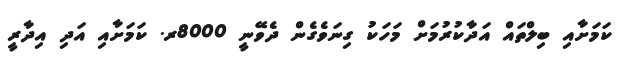
ކަމަށާއި ބިލްތައް އަދާކުރުމަށް މަހަކު ގިނަވެގެން ދެވޭނީ 8000ރ. ކަމަށާއި އަދި އިދާރީ